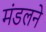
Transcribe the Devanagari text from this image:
मंडलने